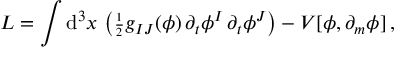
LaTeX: L = \int \mathrm { d } ^ { 3 } x \, \left( { \scriptstyle { \frac { 1 } { 2 } } } g _ { I J } ( \phi ) \, \partial _ { t } \phi ^ { I } \, \partial _ { t } \phi ^ { J } \right) - V [ \phi , \partial _ { m } \phi ] \, ,